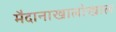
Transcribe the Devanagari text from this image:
मैदानाखालोखाल